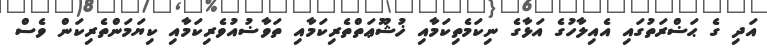
އަދި ގެ ޙަޟްރަތުގައި އެއިލާހުގެ އަޅާގެ ނިކަމެތިކަމާއި ޚުޝޫޢަތްތެރިކަމާއި ތަވާޟުއުވެރިކަމާއި ކިޔަމަންތެރިކަން ވެސް